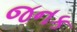
જનક